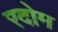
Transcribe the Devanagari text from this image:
रदोम